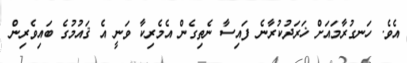
އެވެ. ހަނގުރާމައަށް ޚަރަދުކުރާނެ ފައިސާ ނެތިގެން އެމެރިކާ ވަނީ އެ ޤައުމުގެ ބައިވެރިން